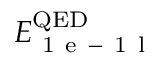
E _ { \mathrm { ~ 1 ~ e ~ - ~ 1 ~ l ~ } } ^ { \mathrm { Q E D } }